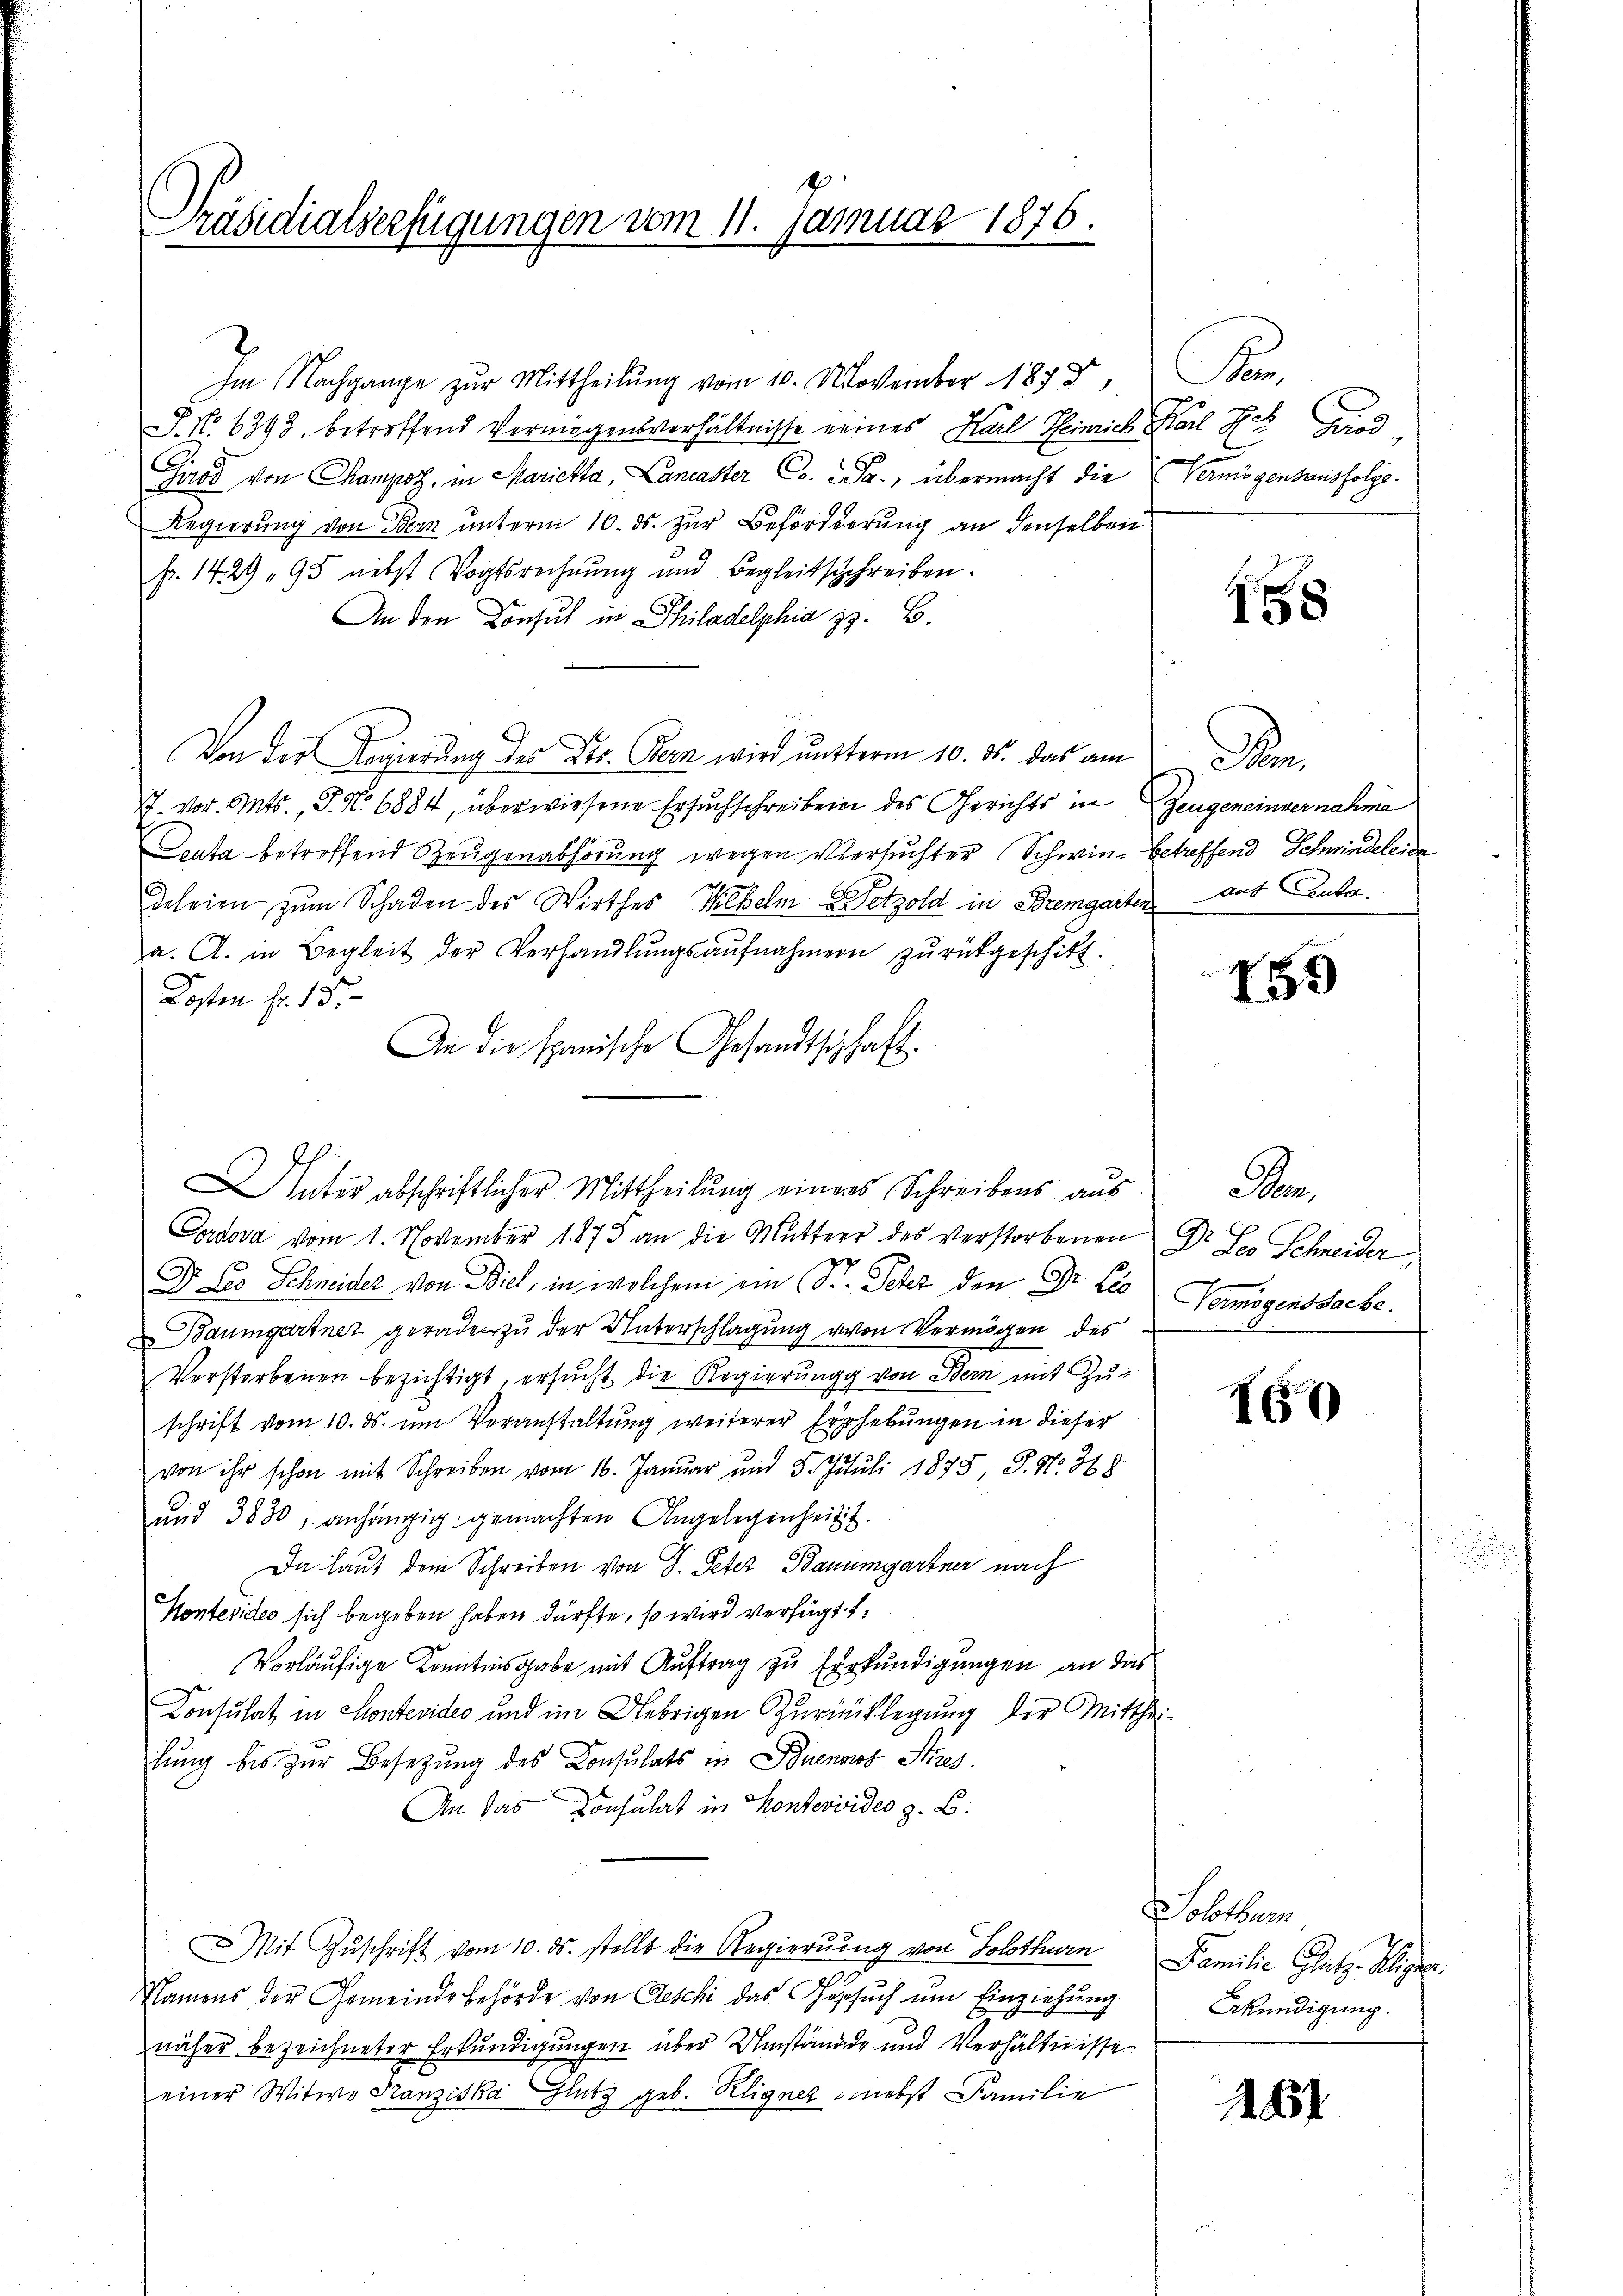
Präsidialserfügungen vom 11. Januar 1876.

Im Nachgange zur Mittheilung vom 10. November 1873,
J. N. 6393. betreffend Vermögensverhältnisse eines Karl Heinrich Karl Ach Grod
Girod von Champst, in Marietta, Lancaster C. Pr., übermacht die Vermögensausfolge.
Regierung von Bern unterm 10. ds. zur Beförderung an denselben
fr. 1429 95 nebst Vogtsrechnung und Begleitschreiben.
An den Consul in Philadelphia z. B.
Von der Regierung des Kts. Bern wird unterm 10. ds. das am
J. vor. Mts., S. N. 6884, überwiesene Ersuchschreiben des Gerichts in Zeugeneinvernahme
Seuta betreffend Zeugenabhörung wegen Versuchter Schwin- betreffend Schwindeleier
deleien zum Schaden des Wirthes Kebelm Detzold in Bremgarten aus Leute
a. A. in Begleit der Verhandlŭngsaŭfnahmern zŭrückgeschitt.
Kosten fr. 15.
An die spanische Gesandtschaft
Cadova vom 1. November 1873 an die Muttere des Verstorbenen Dr. Ses Schneider
Dr. Les Schneider von Biel, in welchem ein St. Peter den Dr. Les
Baumgartner gerade zu der Unterschlagung von Vermögen des
Verstorbenen bezichtigt, ersucht die Regierung von Bern mit Zu-
schrift vom 10. ds. um Veranstaltung weiterer Erhebungen in dieser
von ihr schon mit Schreiben vom 16. Januar und 5. Juli 1875, P. Nr. 368.
und 3830, anhängig gemachten Angelegenheit.
Da laut dem Schreiben von I. Peter Baumgartner nach
Kontesiden sich begeben haben dürfte, so wird verfügt f
Vorläufige Kenntnisgabe mit Auftrag zu Erkundigungen an das
Konsulat in Montevideo und im Uebrigen Zuricklegung der Mittheiihung bis zur Besetzung des Consulats in Buenos Aires.
An das Konsulat in Konteroides z. B.
Mit Zuschrift vom 10. ds. stellt die Regierung von Solothurn
Namens der Gemeinde Behörde von Geschi das Gesŭch ŭm Einziehung
näher bezeichneter Erkundigungen über Umstände und Verhältnisse
einer Witwe Franziska Glutz geb. Kligner, nebst Familie

Inter abschriftlicher Mittheilung einers Schreibens aus

F

58

n

159

an
Vermögenssache.

I60

be
Familie Glatz. Aigner.
Erkundigung.

181